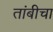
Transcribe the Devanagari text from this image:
तांबीचा